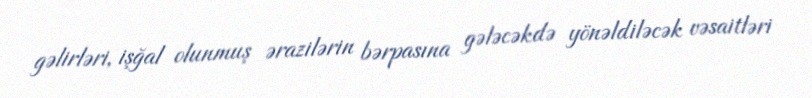
gəlirləri, işğal olunmuş ərazilərin bərpasına gələcəkdə yönəldiləcək vəsaitləri